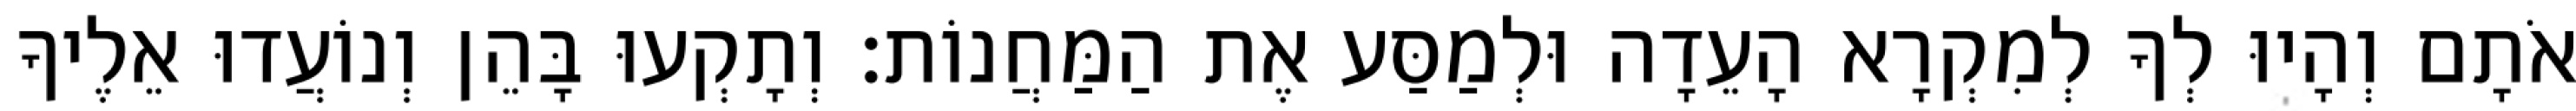
אֹתָם וְהָיוּ לְךָ לְמִקְרָא הָעֵדָה וּלְמַסַּע אֶת הַמַּחֲנוֹת׃ וְתָקְעוּ בָּהֵן וְנוֹעֲדוּ אֵלֶיךָ